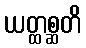
ယတ္ထစ္ဆတိ